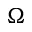
\Omega